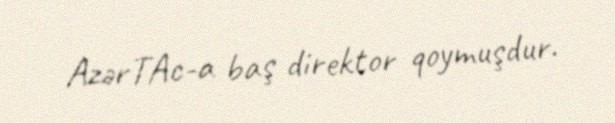
AzərTAc-a baş direktor qoymuşdur.